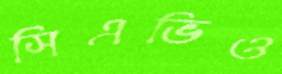
সিএভিও